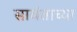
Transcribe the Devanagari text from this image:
सावंताच्या